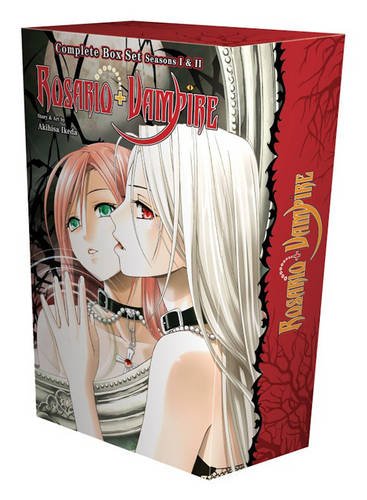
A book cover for Rosario + Vampire Complete Box Set: Volumes 1-10 and Season II Volumes 1-14 with Premium; Akihisa Ikeda; Comics & Graphic Novels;